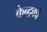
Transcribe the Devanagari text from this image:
केन्द्रको